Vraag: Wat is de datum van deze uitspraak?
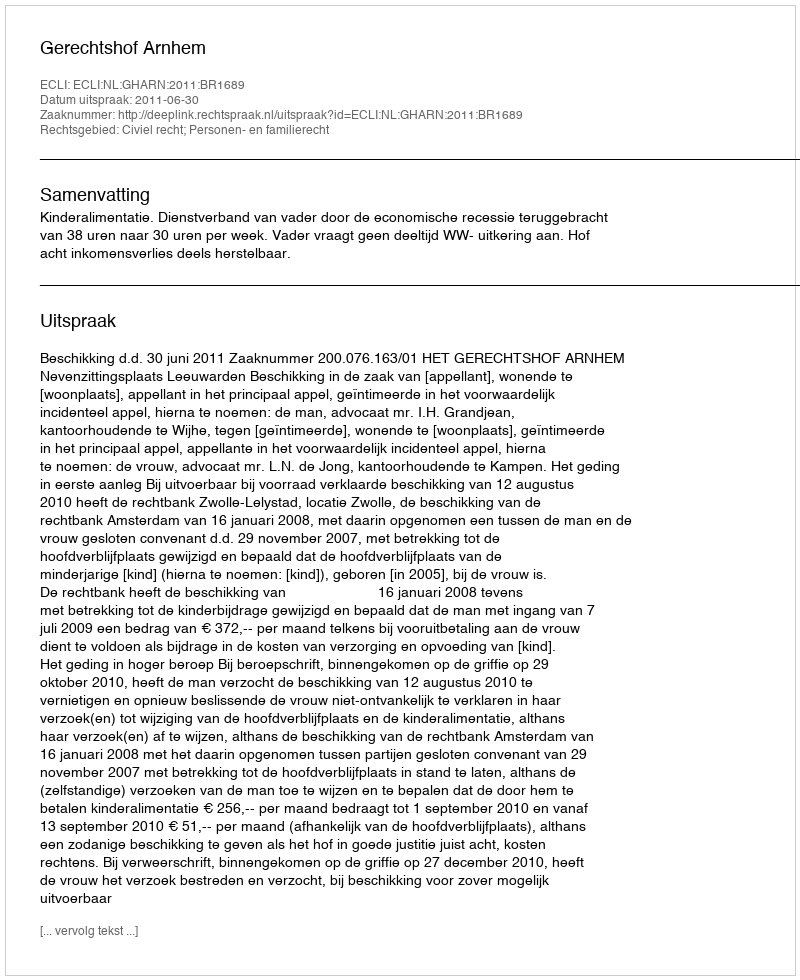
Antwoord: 2011-06-30